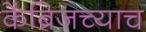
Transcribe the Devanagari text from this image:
केंब्रिजच्याच